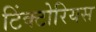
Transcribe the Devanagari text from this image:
टिंक्टोरियस